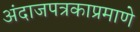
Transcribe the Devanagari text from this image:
अंदाजपत्रकाप्रमाणे